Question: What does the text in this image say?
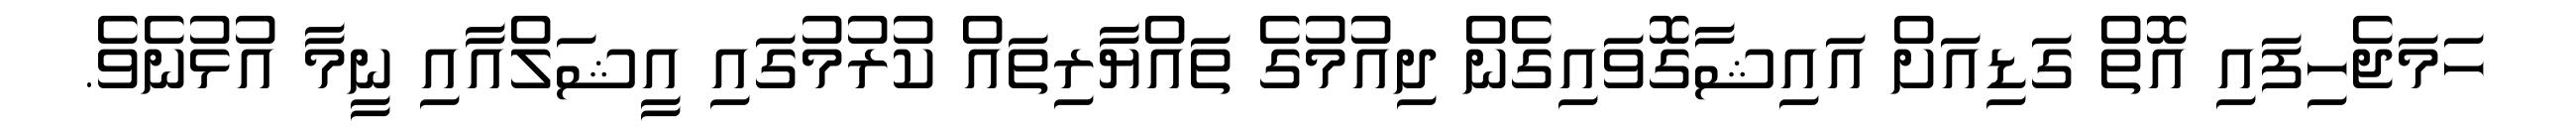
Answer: ހަމަޖެހިފައި އޮތް ގަޑިއަށް އައިޝާގޮވައިގެން ދިއުމުގެ ތައްޔާރިތައް ކުރުމުގައި އީޝަލްއާއި ނީމާ އުޅުނެވެ.